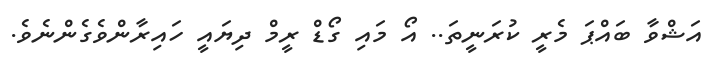
އަޝްވާ ބައްޕަ މެރީ ކުރަނީތަ.. އޯ މައި ގޯޑް ރީމް ދިޔައީ ހައިރާންވެގެންނެވެ.